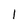
Character: I